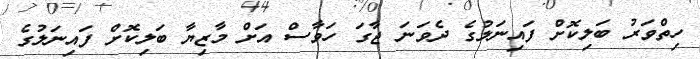
ހިތްވަރު ބަލިކޮށް ފައިނަލުގެ ދެވަނަ ޖާގަ ހަވާސް އަށް މާޒިޔާ ބަލިކޮށް ފަައިނަލުގެ